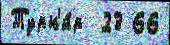
Турн'и́р  23 66